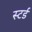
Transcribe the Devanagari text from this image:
स्टर्ड